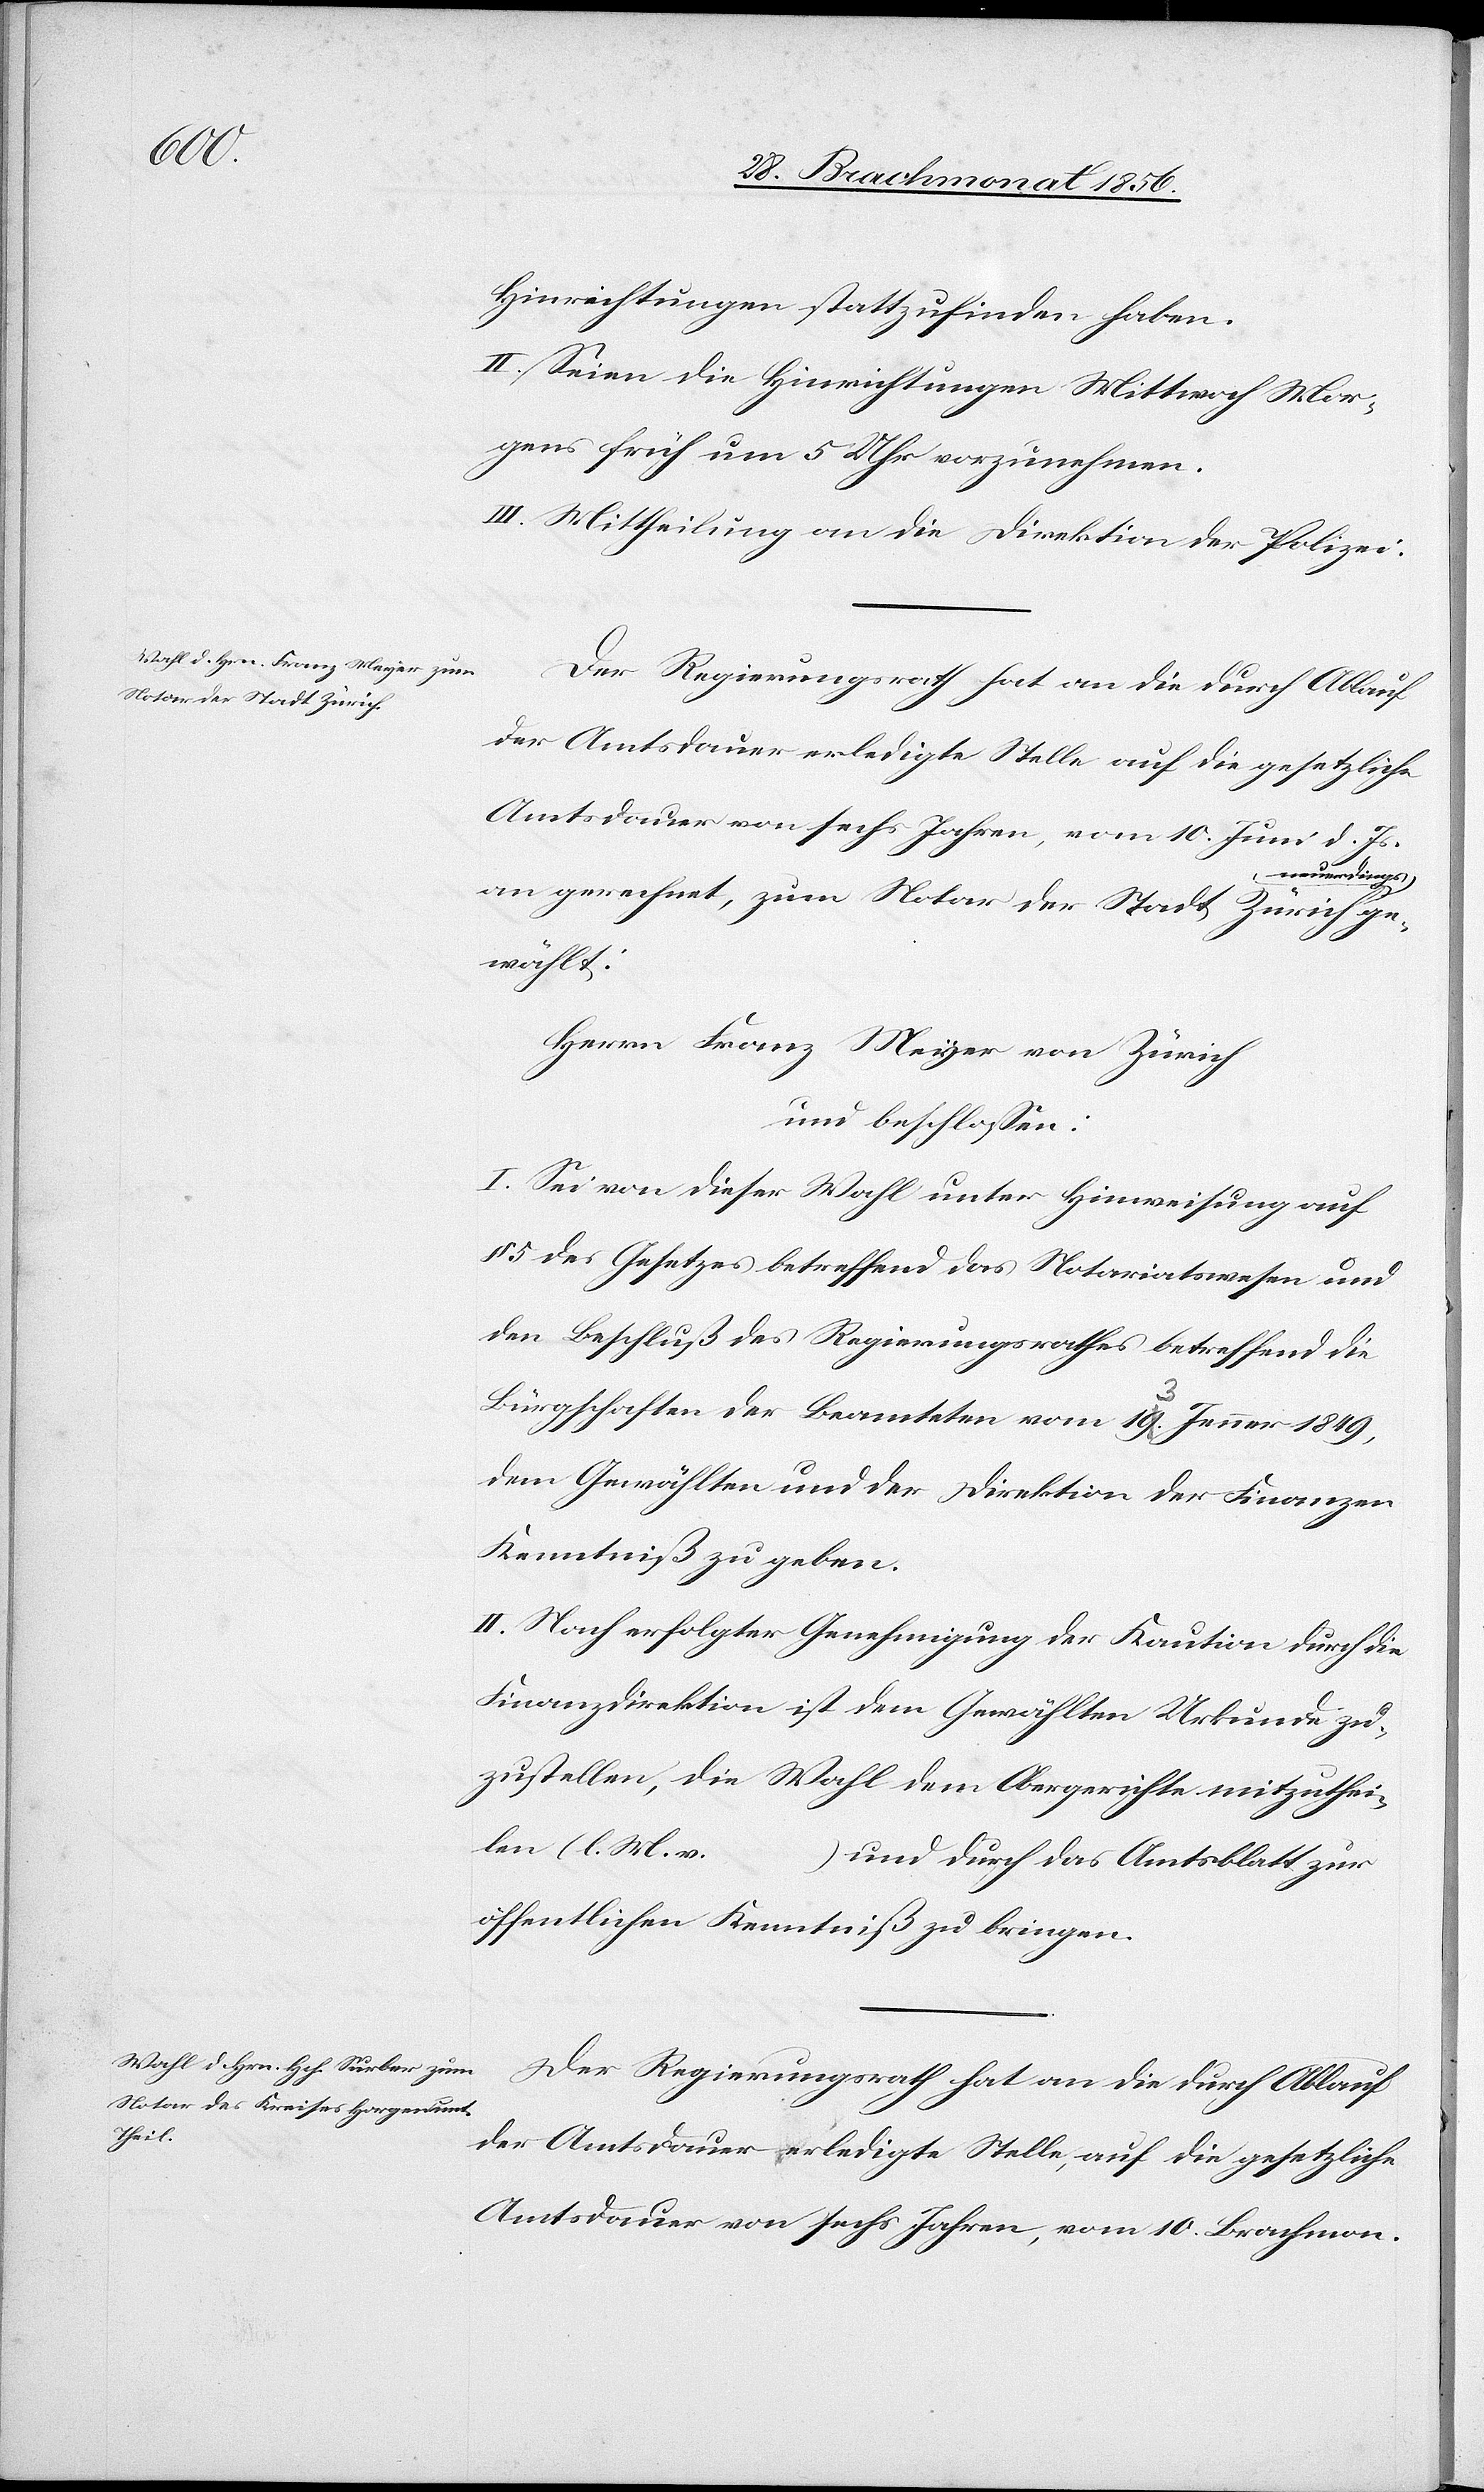
Hinrichtungen stattzufinden haben.
II. Seien die Hinrichtungen Mittwoch Mor¬
gens früh um 5 Uhr vorzunehmen.
III. Mittheilung an die Direktion der Polizei.
Der Regierungsrath hat an die durch Ablauf
der Amtsdauer erledigte Stelle auf die gesetzliche
Amtsdauer von sechs Jahren, vom 10. Juni d. Js.
uerdings-a
an gerechnet, zum Notar der Stadt Zürich a-ne¬
gewählt:
Herrn Franz Meyer von Zürich
und beschlossen:
I. Sei von dieser Wahl unter Hinweisung auf
§ 5 des Gesetzes betreffend das Notariatswesen und
den Beschluß des Regierungsrathes betreffend die
Bürgschaften der Beamteten vom a-19 13-a Jenner 1849,
dem Gewählten und der Direktion der Finanzen
Kenntniß zu geben.
II. Nach erfolgter Genehmigung der Kaution durch die
Finanzdirektion ist dem Gewählten Urkunde zu¬
zustellen, die Wahl dem Obergerichte mitzuthei¬
len (l. M. v.
und durch das Amtsblatt zur
öffentlichen Kenntniß zu bringen.
Der Regierungsrath hat an die durch Ablauf
der Amtsdauer erledigte Stelle, auf die gesetzliche
Amtsdauer von sechs Jahren, vom 10. Brachmon.